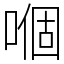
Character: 嗰